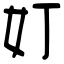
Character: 奵